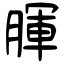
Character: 腪